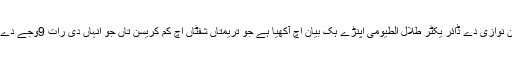
سعودی ایئر لائنز دے شعبہ مہمان نوازی دے ڈائر یکٹر طلال الطیومی اپنڑے ہک بیان اچ آکھیا ہے جو تریمتاں شفٹاں اچ کم کریسن تاں جو انہاں دی رات 9وجے دے بعد ڈیوٹی کائناں ڈیونڑیں پوسی ۔